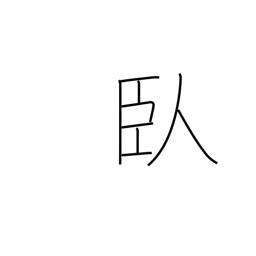
Meaning: lie prostrate